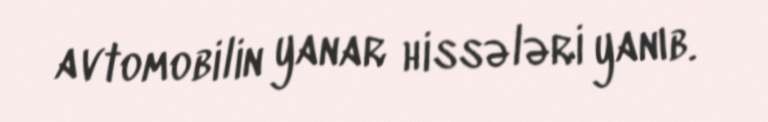
avtomobilin yanar hissələri yanıb.